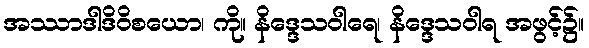
အဿာဒါဒိဝိစယော၊ ကို။ နိဒ္ဒေသဝါရေ၊ နိဒ္ဒေသဝါရ အဖွင့်၌။